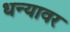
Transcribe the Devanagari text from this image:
धन्यावर